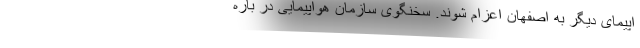
اپیمای دیگر به اصفهان اعزام شوند. سخنگوی سازمان هواپیمایی در باره